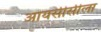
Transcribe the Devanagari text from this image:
आयसीसीला